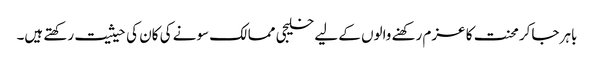
باہر جاکر محنت کا عزم رکھنے والوں کے لیے خلیجی ممالک سونے کی کان کی حیثیت رکھتے ہیں۔